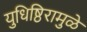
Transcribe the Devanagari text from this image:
युधिष्ठिरामुळे